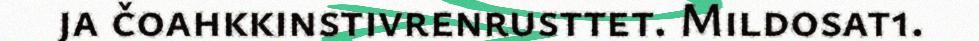
ja čoahkkinstivrenrusttet. Mildosat1.